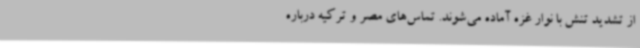
از تشدید تنش با نوار غزه آماده می‌شوند. تماس‌های مصر و ترکیه درباره